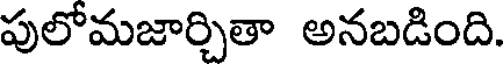
పులోమజార్చితా అనబడింది.